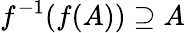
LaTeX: f^{-1}(f(A))\supseteq A